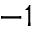
^ { - 1 }